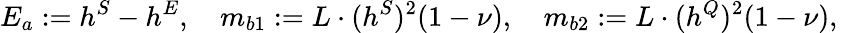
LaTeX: E_{a}:=h^{S}-h^{E},\quad m_{b1}:=L\cdot(h^{S})^{2}(1-\nu),\quad m_{b2}:=L\cdot(h^{Q})^{2}(1-\nu),\quad